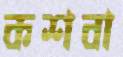
কশবা